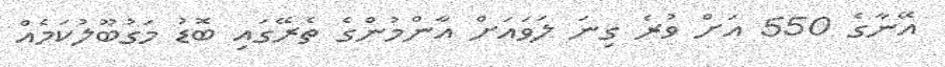
އޭނާގެ 550 އަށް ވުރެ ގިނަ ލަވައަށް އާންމުންގެ ތެރޭގައި ބޮޑު މަގުބޫލުކަމެއް